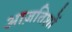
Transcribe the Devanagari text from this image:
आज़तिशों